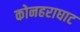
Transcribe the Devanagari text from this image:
कोनहराघाट